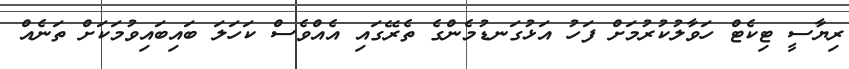
ރިޔާސީ ޓިކެޓް ހަވާލުކުރުމަށް ފަހު އަޅުގަނޑުމެންގެ ތެރޭގައި އެއްވެސް ކަހަލަ ބައިބައިވުމަކަށް ތަނެއް